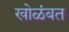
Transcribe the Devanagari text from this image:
खोळंबत